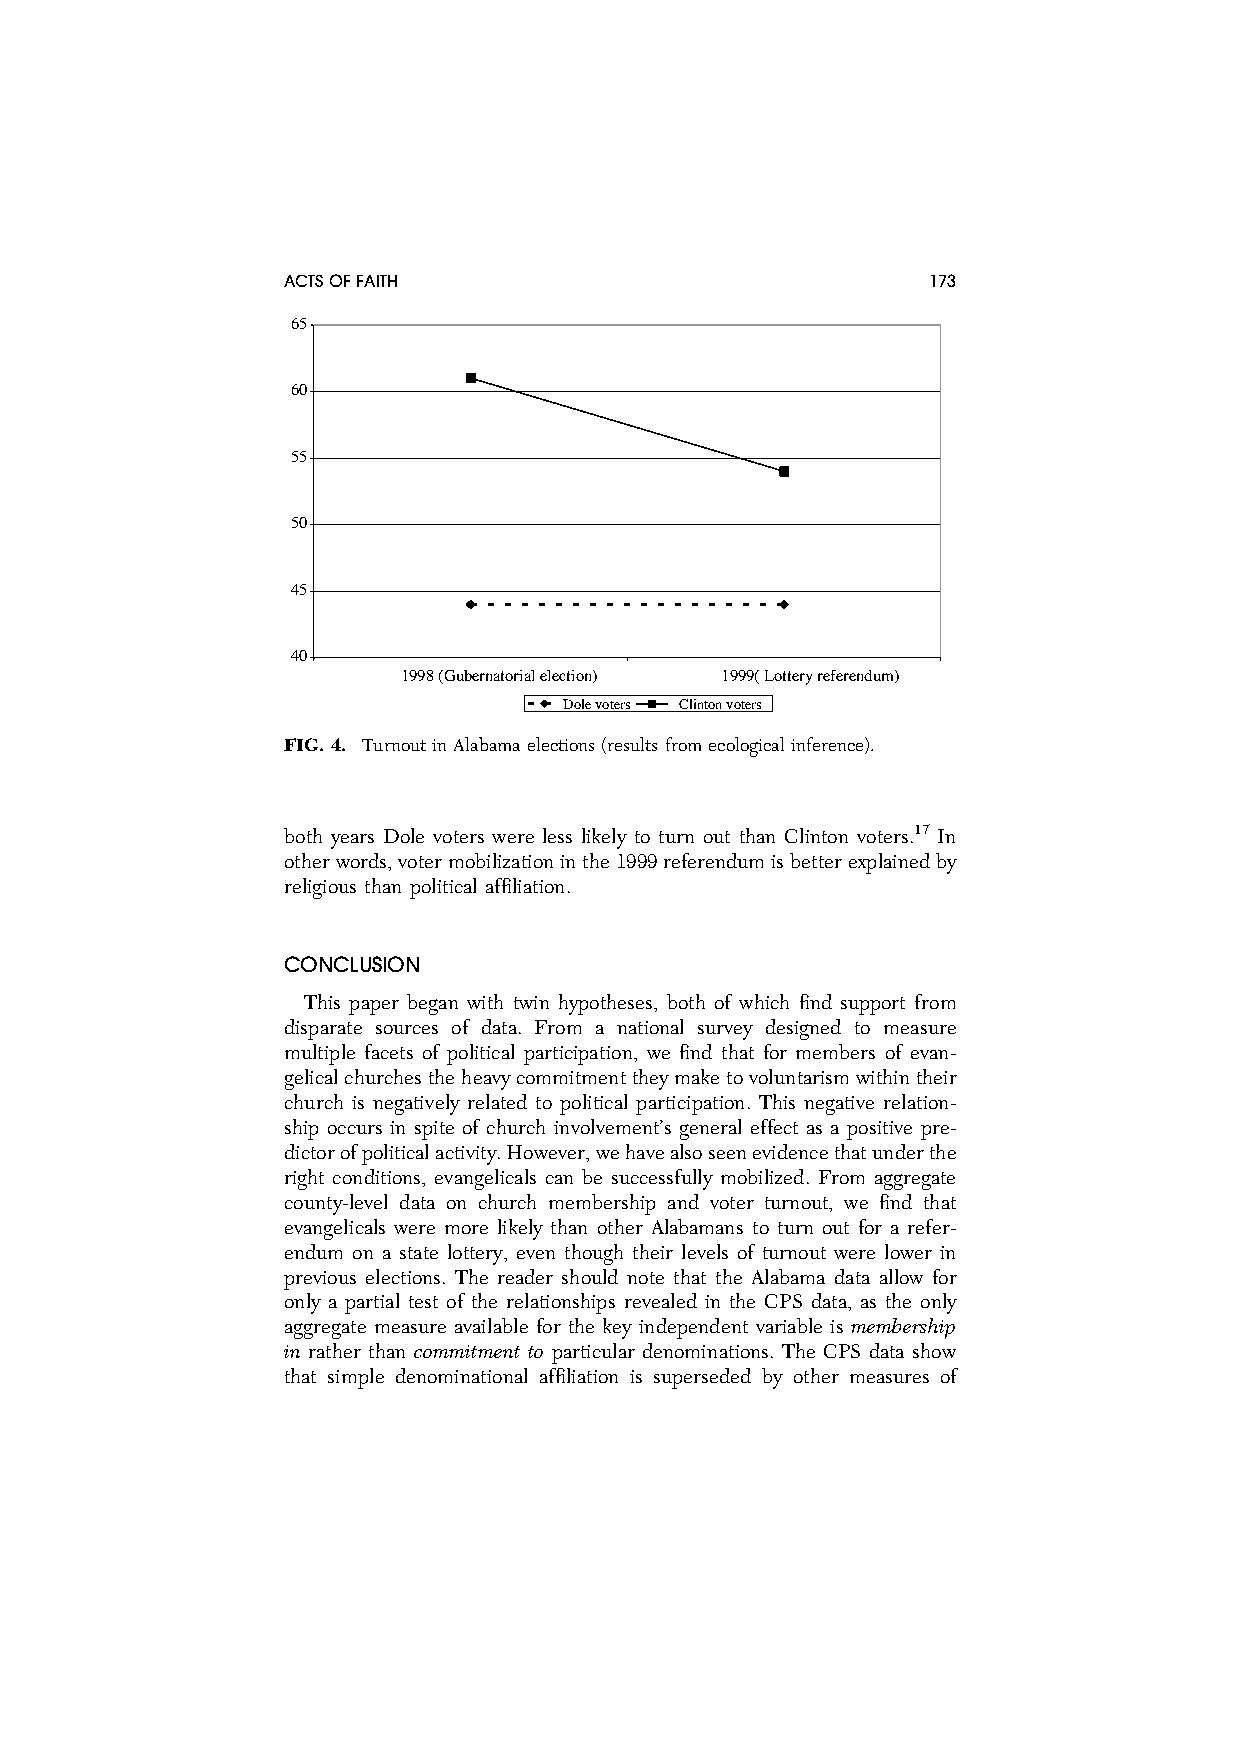
ACTSOFFAITH                               173
 65
 60
 55
 50
 45
 40
 1998 (Gubernatorial election) 1999( Lottery referendum)
 Dole voters Clinton voters
 FIG.4. Turnoutin Alabamaelections (resultsfromecological inference).
 both years Dole voters were less likely to turn out than Clinton voters.17 In
 otherwords,votermobilizationinthe1999referendumisbetterexplainedby
 religious than political affiliation.
 CONCLUSION
 This paper began with twin hypotheses, both of which find support from
 disparate sources of data. From a national survey designed to measure
 multiple facets of political participation, we find that for members of evan-
 gelicalchurchestheheavycommitmenttheymaketovoluntarismwithintheir
 church is negatively related to political participation. This negative relation-
 ship occurs in spite of church involvement’s general effect as a positive pre-
 dictorofpoliticalactivity.However,wehavealsoseenevidencethatunderthe
 right conditions, evangelicals can be successfully mobilized. From aggregate
 county-level data on church membership and voter turnout, we find that
 evangelicals were more likely than other Alabamans to turn out for a refer-
 endum on a state lottery, even though their levels of turnout were lower in
 previous elections. The reader should note that the Alabama data allow for
 only a partial test of the relationships revealed in the CPS data, as the only
 aggregate measure available for the key independent variable is membership
 in rather than commitment to particular denominations. The CPS data show
 that simple denominational affiliation is superseded by other measures of